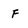
Character: f